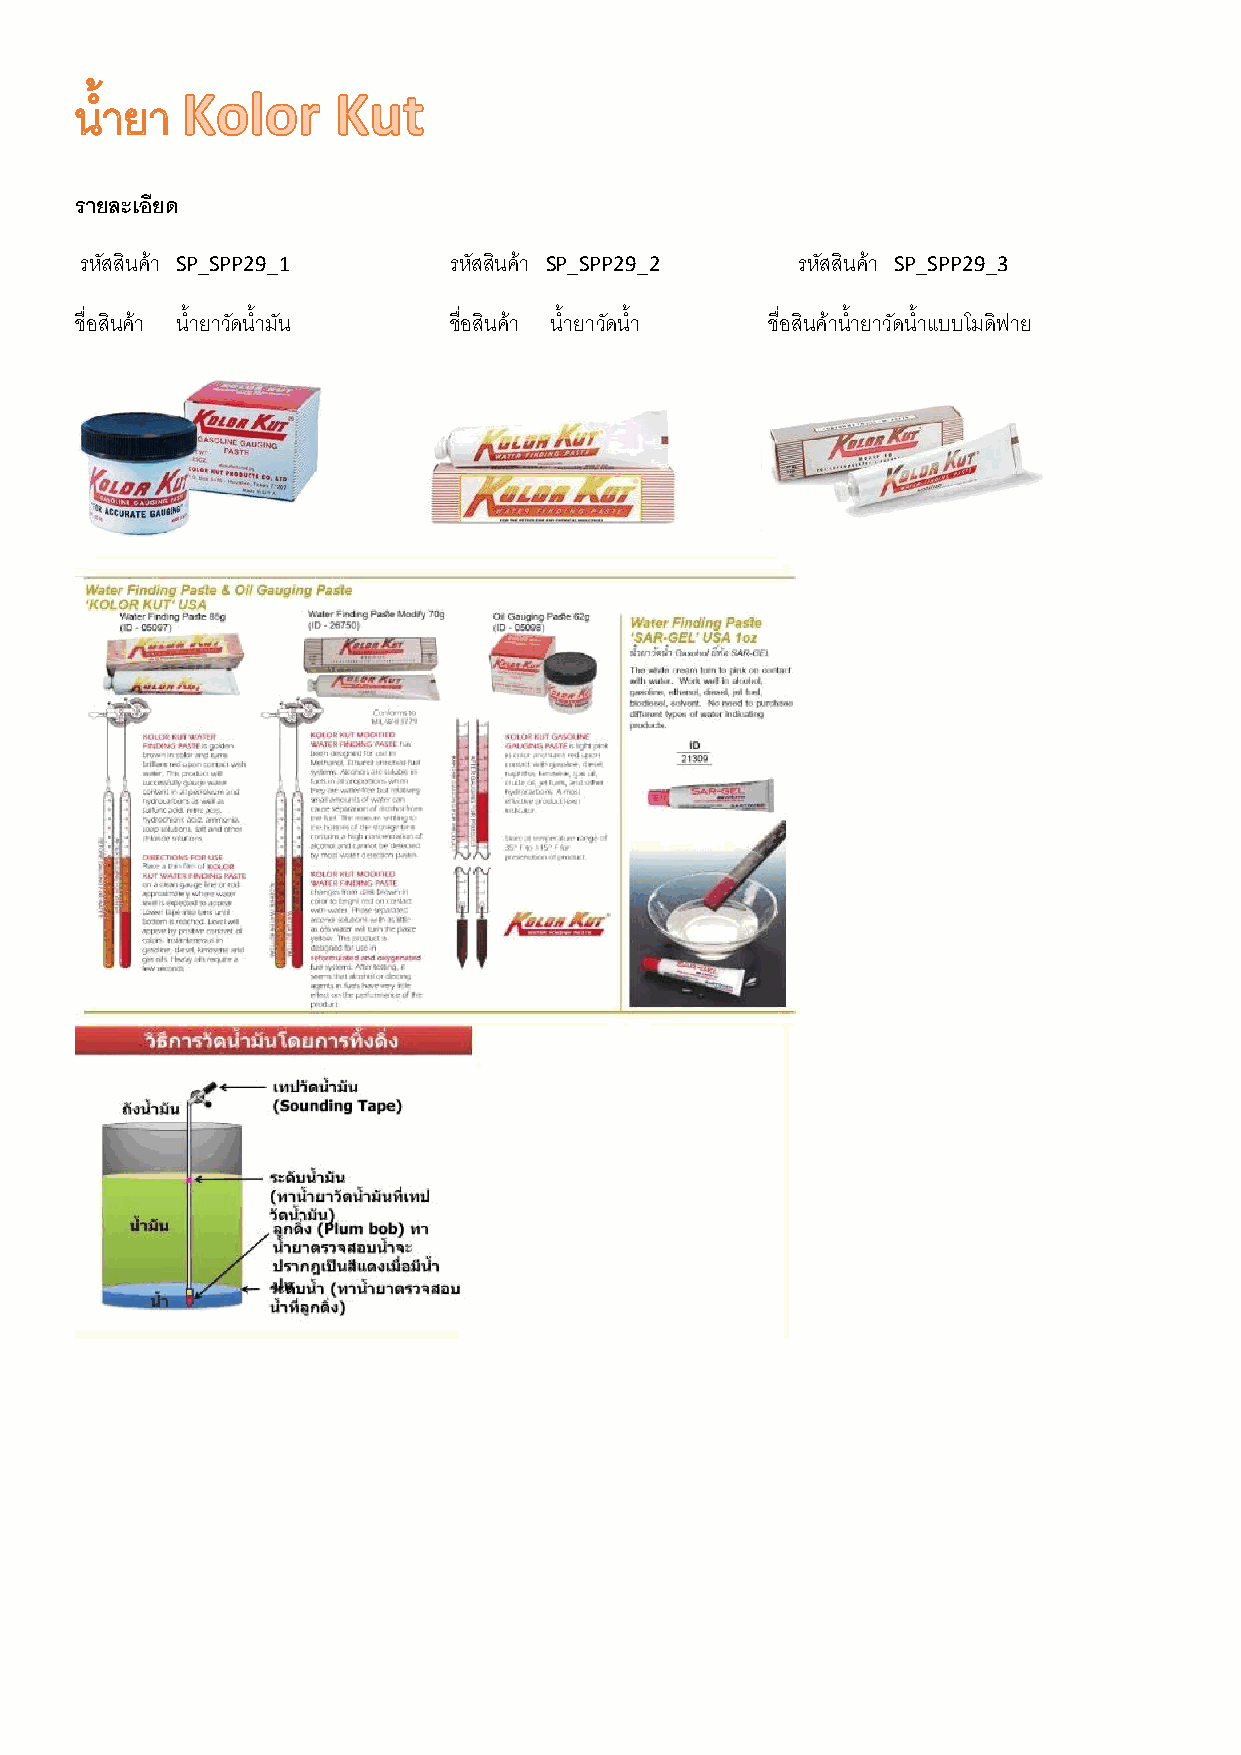
รายละเอียด
 รหัสสินค้า SP_SPP29_1    รหัสสินค้า SP_SPP29_2  รหัสสินค้า SP_SPP29_3
 ชื่อสินค้า น ้ายาวดั น ้ามัน ชื่อสินค้า น ้ายาวดั น ้า ชื่อสินค้าน ้ายาวดั น ้าแบบโมดิฟาย